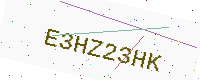
Text: E3HZ23HK